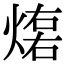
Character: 𤌕